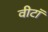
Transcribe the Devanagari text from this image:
वीटॉ